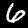
Digit: 6